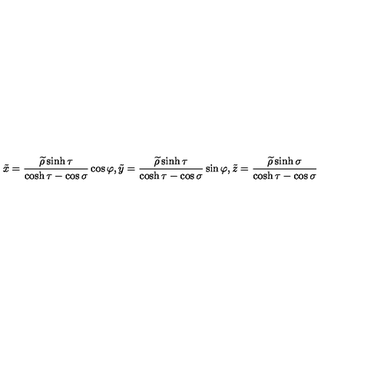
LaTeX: \tilde { x } = \frac { \widetilde { \rho } \sinh \tau } { \cosh \tau - \cos \sigma } \cos \varphi , \tilde { y } = \frac { \widetilde { \rho } \sinh \tau } { \cosh \tau - \cos \sigma } \sin \varphi , \tilde { z } = \frac { \widetilde { \rho } \sinh \sigma } { \cosh \tau - \cos \sigma }